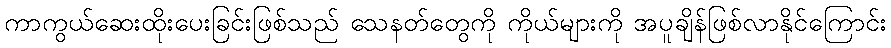
ကာကွယ်ဆေးထိုးပေးခြင်းဖြစ်သည် သေနတ်တွေကို ကိုယ်များကို အပူချိန်ဖြစ်လာနိုင်ကြောင်း